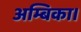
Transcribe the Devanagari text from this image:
अम्बिका।